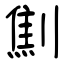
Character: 劁